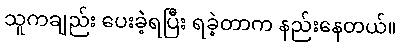
သူကချည်း ပေးခဲ့ရပြီး ရခဲ့တာက နည်းနေတယ်။